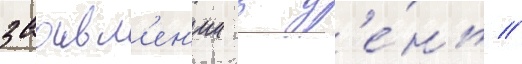
заавл'ен'ии в д'е́нь //